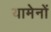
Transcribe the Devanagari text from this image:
यामेनों